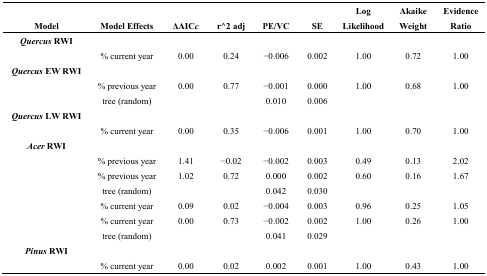
|  |  |  |  |  |  | Log | Akaike | Evidence |
 | Model | Model Effects | ΔAICc | r^2 adj | PE/VC | SE | Likelihood | Weight | Ratio |
 | --- | --- | --- | --- | --- | --- | --- | --- | --- |
 | Quercus RWI |  |  |  |  |  |  |  |  |
 |  | % current year | 0.00 | 0.24 | −0.006 | 0.002 | 1.00 | 0.72 | 1.00 |
 | Quercus EW RWI |  |  |  |  |  |  |  |  |
 |  | % previous year | 0.00 | 0.77 | −0.001 | 0.000 | 1.00 | 0.68 | 1.00 |
 |  | tree (random) |  |  | 0.010 | 0.006 |  |  |  |
 | Quercus LW RWI |  |  |  |  |  |  |  |  |
 |  | % current year | 0.00 | 0.35 | −0.006 | 0.001 | 1.00 | 0.70 | 1.00 |
 | Acer RWI |  |  |  |  |  |  |  |  |
 |  | % previous year | 1.41 | −0.02 | −0.002 | 0.003 | 0.49 | 0.13 | 2.02 |
 |  | % previous year | 1.02 | 0.72 | 0.000 | 0.002 | 0.60 | 0.16 | 1.67 |
 |  | tree (random) |  |  | 0.042 | 0.030 |  |  |  |
 |  | % current year | 0.09 | 0.02 | −0.004 | 0.003 | 0.96 | 0.25 | 1.05 |
 |  | % current year | 0.00 | 0.73 | −0.002 | 0.002 | 1.00 | 0.26 | 1.00 |
 |  | tree (random) |  |  | 0.041 | 0.029 |  |  |  |
 | Pinus RWI |  |  |  |  |  |  |  |  |
 |  | % current year | 0.00 | 0.02 | 0.002 | 0.001 | 1.00 | 0.43 | 1.00 |